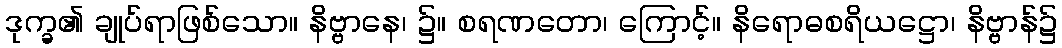
ဒုက္ခ၏ ချုပ်ရာဖြစ်သော။ နိဗ္ဗာနေ၊ ၌။ စရဏတော၊ ကြောင့်။ နိရောဓစရိယဋ္ဌော၊ နိဗ္ဗာန်၌